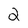
Character: 2